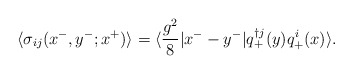
\begin{align*}\langle \sigma _{ij}(x^-,y^-;x^+) \rangle =\langle \frac{g^2}{8}|x^--y^-|q^{\dag j}_+(y)q^i_+(x) \rangle.\end{align*}